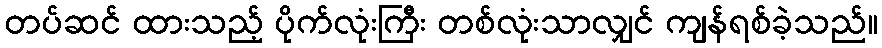
တပ်ဆင် ထားသည့် ပိုက်လုံးကြီး တစ်လုံးသာလျှင် ကျန်ရစ်ခဲ့သည်။